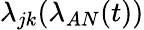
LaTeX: \lambda_{jk}(\lambda_{AN}(t))